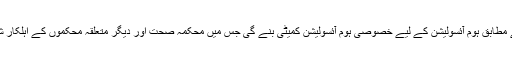
نوٹیفکیشن کے مطابق ہوم آئسولیشن کے لیے خصوصی ہوم آئسولیشن کمیٹی بنے گی جس میں محکمہ صحت اور دیگر متعلقہ محکموں کے اہلکار شامل ہوں گے۔